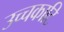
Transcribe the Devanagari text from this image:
उच्चकाटि